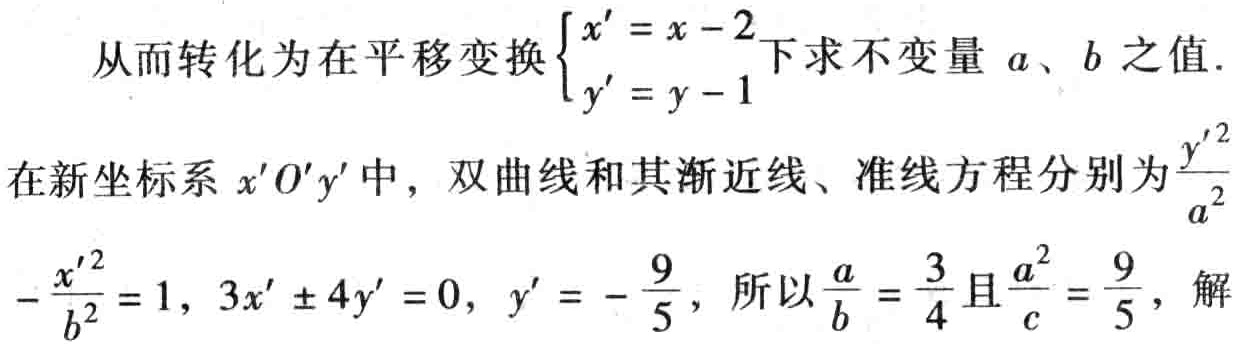
从而转化为在平移变换$\begin{cases}x' = x - 2\\y' = y - 1\end{cases}$下求不变量 \(a\)、\(b\) 之值.
在新坐标系 \(x'O'y'\) 中，双曲线和其渐近线、准线方程分别为\(\frac{y'^{2}}{a^{2}}-\frac{x'^{2}}{b^{2}} = 1\)，\(3x' \pm 4y' = 0\)，\(y' = -\frac{9}{5}\)，所以\(\frac{a}{b} = \frac{3}{4}\)且\(\frac{a^{2}}{c} = \frac{9}{5}\)，解